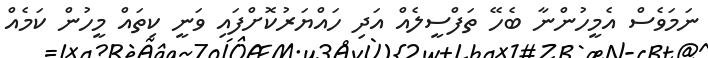
ނަމަވެސް އެމީހުންނާ ބެހޭ ތަފްސީލެއް އަދި ހައްޔަރުކޮށްފައި ވަނީ ކިތައް މީހުން ކަމެއް